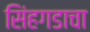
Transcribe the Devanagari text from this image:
सिंहगडाचा